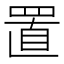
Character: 置